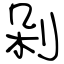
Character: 剁